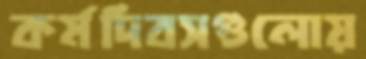
কর্মদিবসগুলোয়